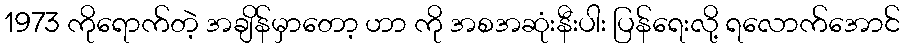
1973 ကိုရောက်တဲ့ အချိန်မှာတော့ ဟာ ကို အစအဆုံးနီးပါး ပြန်ရေးလို့ ရလောက်အောင်